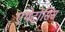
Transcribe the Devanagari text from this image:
एथेटोसिस